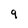
Character: 9